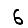
Digit: 6